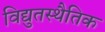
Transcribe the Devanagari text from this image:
विद्युतस्थैतिक